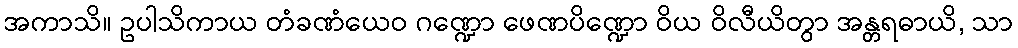
အကာသိ။ ဥပါသိကာယ တံခဏံယေဝ ဂဏ္ဍော ဖေဏပိဏ္ဍော ဝိယ ဝိလီယိတွာ အန္တရဓာယိ, သာ